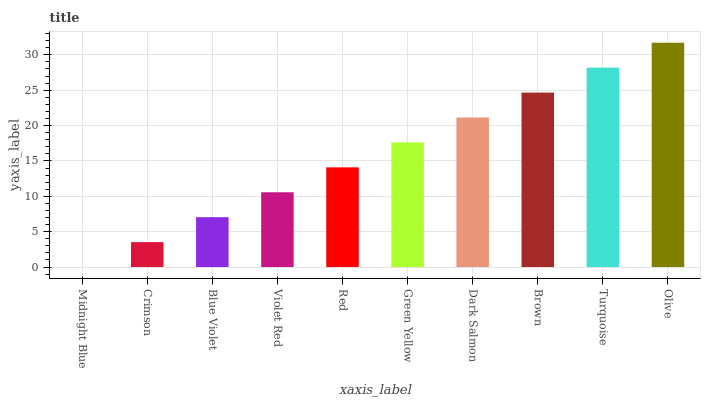
| xaxis_label | bars |
 | --- | --- |
 | Midnight Blue | 0 |
 | Crimson | 3.52 |
 | Blue Violet | 7.05 |
 | Violet Red | 10.6 |
 | Red | 14.1 |
 | Green Yellow | 17.6 |
 | Dark Salmon | 21.1 |
 | Brown | 24.7 |
 | Turquoise | 28.2 |
 | Olive | 31.7 |